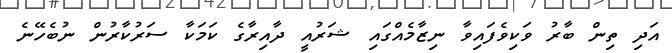
އަދި ތިން ބާރު ވަކިވެފައިވާ ނިޒާމެއްގައި ޝަރުއީ ދާއިރާގެ ކަމަކާ ސަރުކާރުން ނުބެހޭނެ